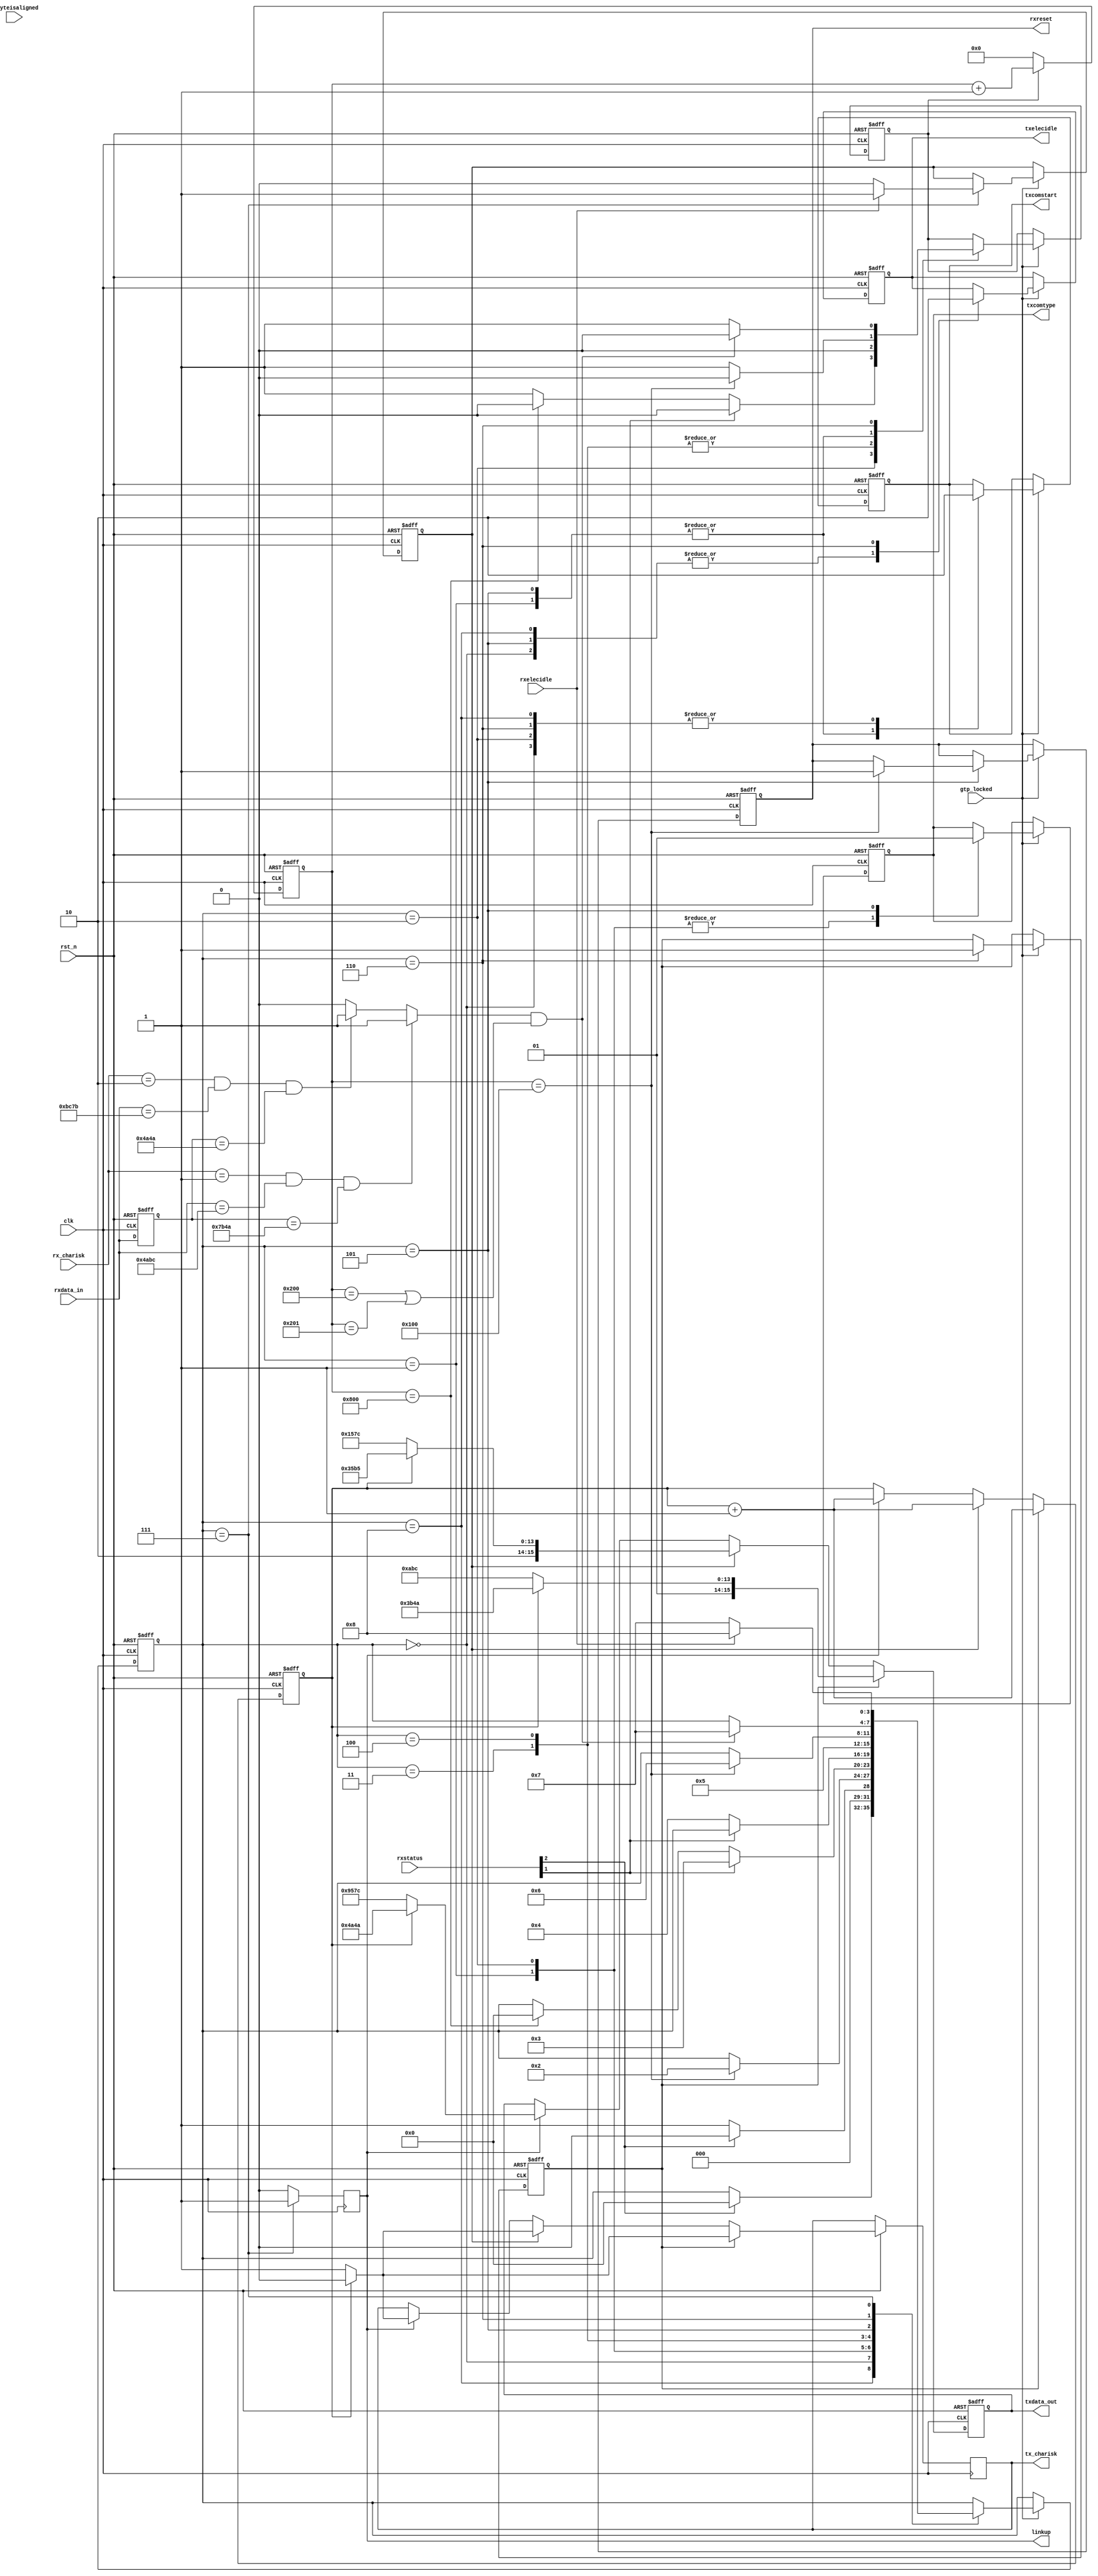
module oob_device(/*AUTOARG*/
   // Outputs
   txcomstart, txcomtype, txelecidle, tx_charisk, rxreset, linkup,
   txdata_out,
   // Inputs
   clk, rst_n, gtp_locked, rxstatus, rxelecidle, rxbyteisaligned,
   rxdata_in, rx_charisk
   );

   input              clk;
   input              rst_n;
   input              gtp_locked;

   input [2:0]        rxstatus;
   input              rxelecidle;
   input              rxbyteisaligned;

   output reg         txcomstart;
   output reg         txcomtype;
   output reg         txelecidle;
   output reg         tx_charisk;
   output reg         rxreset;

   output reg         linkup;
   
   output reg [15:0]  txdata_out;

   input [15:0]       rxdata_in; 
   input [1:0]        rx_charisk;

   parameter [3:0] // synopsys enum state_info
		S_IDLE             = 4'h8,
		S_DR_Reset         = 4'h0,
		S_DR_COMINIT       = 4'h1,
		S_DR_AwaitCOMWAKE  = 4'h2,
		S_DR_AwaitNoCOMWAKE= 4'h3,
		S_DR_Calibrate     = 4'h4,
		S_DR_COMWAKE       = 4'h5,
		S_DR_SendAlign     = 4'h6,
		S_DR_Ready         = 4'h7;
   reg [17:0] count;
   reg        count_en;
   reg [3:0]  // synopsys enum state_info
	      state;

   wire       rrdy_det;
   wire       d10_2_det;
   wire       align_det;
   wire       sync_det;
   reg        send_align;
   reg        send_sync;
   reg        align_cnt;

   always @(posedge clk or negedge rst_n)
     begin
	if(~rst_n)
	  begin
             state      <= S_IDLE;
             count_en   <= 0;
             txcomstart <= 0;
             txcomtype  <= 0;
             txelecidle <= 1;
             send_align <= 0;
             send_sync  <= 0;
             rxreset    <= 0; 
	  end
	else if(gtp_locked)
          begin
             case (state)
	       S_IDLE:
		 begin
		    txelecidle <= 1;
                    txcomstart <= 0;
		    if (rxstatus[2])
		      begin
			 state = S_DR_Reset;
		      end		    
		 end
	       S_DR_Reset:
                 begin
		    txelecidle <= 1;
                    txcomstart <= 0;
                    if (rxstatus[2]) // comreset detect
                      begin
			 state <= S_DR_Reset;
                      end 
                    else 
                      begin
                         state <= S_DR_COMINIT;
                      end
                 end
	       S_DR_COMINIT:
                 begin 
                    txcomstart <= 1;
                    txcomtype  <= 0;
		    count_en   <= 1;
		    if (count == 18'h100)
		      begin
			 state <= S_DR_AwaitCOMWAKE;
			 count_en <= 0;			 
		      end
                 end
	       S_DR_AwaitCOMWAKE:
                 begin
                    txcomstart <= 0;
                    txcomtype  <= 0;
		    count_en   <= 1;
		    if (rxstatus[1]) // comwake detect
		      begin
			 state <= S_DR_AwaitNoCOMWAKE;
			 count_en   <= 0;			 			 
		      end
		    else if (count == 18'h800)
		      begin
			 state <= S_DR_Reset;
			 count_en   <= 0;			 			 
		      end
		 end // case: S_DR_AwaitCOMMAKE
	       S_DR_AwaitNoCOMWAKE:
		 begin
		    count_en   <= 0;			 			 		    
		    if (~rxstatus[1])
		      begin
			 state <= S_DR_Calibrate;
		      end
		 end
	       S_DR_Calibrate:
		 begin
		    count_en   <= 0;			 			 		    
		    state      <= S_DR_COMWAKE;
		 end
	       S_DR_COMWAKE:
		 begin
		    txelecidle <= 1'b1;
		    txcomtype  <= 1'b1;
		    txcomstart <= 1'b1;
		    count_en   <= 1'b1;
		    if (count == 18'h100)
		      begin
			 count_en   <= 0;			 			 			 
			 state      <= S_DR_SendAlign;
                         rxreset    <= 1; 
		      end
		 end
	       S_DR_SendAlign:
		 begin
		    txelecidle <= 1'b0;
		    txcomstart <= 1'b0;
		    send_align <= 1'b1;
		    count_en   <= 1'b1;
		    if (align_det && (count == 18'h200 || count == 18'h201))
		      begin
			 state <= S_DR_Ready;
		         count_en   <= 1'b0;
		      end
		 end
	       S_DR_Ready:
		 begin
		    send_sync  <= rxelecidle ? 1'b1 : 1'b0;
		    state      <= rxelecidle ? S_IDLE : S_DR_Ready;
		 end
             endcase
          end
     end
   always @(posedge clk)
     if (state == S_DR_Ready)
       linkup <= 1;
     else
       linkup <= 0;
   
   always @(posedge clk or negedge rst_n)
     begin 
	if (!rst_n)
	  begin
	     count = 18'b0;
	  end	
	else if (count_en)
	  begin  
	     count = count + 1;
	  end
     	else
     	  begin
	     count = 18'b0;
	  end
     end

   reg [15:0] rxdatar1;

   always@(posedge clk or negedge rst_n)
     begin 
	if (~rst_n)
	  begin
	     rxdatar1 <= 16'b0;						
	  end	
	else 
	  begin 
	     rxdatar1 <= rxdata_in;
	  end
     end

   assign align_det = (rx_charisk == 2'b01 && rxdata_in == 16'h4ABC && rxdatar1 == 16'h7B4A) ?
		      1'b1 : ((rx_charisk == 2'b10 && rxdata_in == 16'hBC7B && rxdatar1 == 16'h4A4A)? 1'b1:1'b0);
   assign sync_det =  (rx_charisk == 2'b01 && rxdatar1 == 16'hB5B5 && rxdata_in == 16'h957C) ?
		      1'b1 : ((rx_charisk == 2'b10 && rxdata_in == 16'h7CB5 && rxdatar1 == 16'hB595)? 1'b1:1'b0);
   assign rrdy_det  = (rx_charisk == 2'b01 && rxdata_in == 16'h957C && rxdatar1 == 16'h4A4A) ?
		      1'b1 : ((rx_charisk == 2'b10 && rxdata_in == 16'h7C4A && rxdatar1 == 16'h4A95)? 1'b1:1'b0);
   assign d10_2_det = (rxdata_in == 16'h4a4a) && (rxdatar1 == 16'h4a4a) ;//&& rxbyteisaligned;
  
   always @(posedge clk or negedge rst_n)
     begin
        if(~rst_n)
          begin
             txdata_out <= 0;
             align_cnt  <= 0; 
          end
        else if(send_align)
          begin
             if(~align_cnt)
               begin
                  txdata_out <= 16'h4ABC;
                  tx_charisk <= 1'b1;
                  align_cnt <= align_cnt + 1'b1;
               end
             else
               begin
                  txdata_out <= 16'h7B4A;
                  tx_charisk <= 1'b0;
                  align_cnt <= align_cnt + 1'b1;
               end
          end
        else if(send_sync)
          begin
             if(~align_cnt)
               begin
                  txdata_out <= 16'h957C;
                  tx_charisk <= 1'b1;
                  align_cnt <= align_cnt + 1'b1;
               end
             else
               begin
                  txdata_out <= 16'hB5B5;
                  tx_charisk <= 1'b0;
                  align_cnt <= align_cnt + 1'b1;
               end
          end
        else if(linkup)
          begin
             if(~align_cnt)
               begin
                  txdata_out <= 16'h957C;
                  tx_charisk <= 1'b1;
                  align_cnt <= align_cnt + 1'b1;
               end
             else 
               begin
                  txdata_out <= 16'h4A4A;
                  tx_charisk <= 1'b0;
                  align_cnt   <= align_cnt + 1'b1;
               end
          end
     end

   /*AUTOASCIIENUM("state", "state_ascii", "S_")*/
   // Beginning of automatic ASCII enum decoding
   reg [135:0]		state_ascii;		// Decode of state
   always @(state) begin
      case ({state})
	S_IDLE:              state_ascii = "idle             ";
	S_DR_Reset:          state_ascii = "dr_reset         ";
	S_DR_COMINIT:        state_ascii = "dr_cominit       ";
	S_DR_AwaitCOMWAKE:   state_ascii = "dr_awaitcomwake  ";
	S_DR_AwaitNoCOMWAKE: state_ascii = "dr_awaitnocomwake";
	S_DR_Calibrate:      state_ascii = "dr_calibrate     ";
	S_DR_COMWAKE:        state_ascii = "dr_comwake       ";
	S_DR_SendAlign:      state_ascii = "dr_sendalign     ";
	S_DR_Ready:          state_ascii = "dr_ready         ";
	default:             state_ascii = "%Error           ";
      endcase
   end
   // End of automatics
endmodule